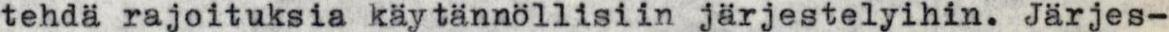
tehdä rajoituksia käytännöllisiin järjestelyihin. Järjes-